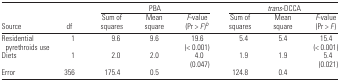
<table><thead><tr><td></td><td></td><td colspan="3"><b>PBA</b></td><td colspan="3"><b><i>trans</i>-DCCA</b></td></tr><tr><td><b>Source</b></td><td><b>df</b></td><td><b>Sum of squares</b></td><td><b>Mean square</b></td><td><b><i>F</i>-value (Pr &gt; <i>F</i>)<sup>b</sup></b></td><td><b>Sum of squares</b></td><td><b>Mean square</b></td><td><b><i>F</i>-value (Pr &gt; <i>F</i>)</b></td></tr></thead><tbody><tr><td>Residential pyrethroids use</td><td>1</td><td>9.6</td><td>9.6</td><td>19.6 (&lt; 0.001)</td><td>5.4</td><td>5.4</td><td>15.4 (&lt; 0.001)</td></tr><tr><td>Diets</td><td>1</td><td>2.0</td><td>2.0</td><td>4.0 (0.047)</td><td>1.9</td><td>1.9</td><td>5.4 (0.021)</td></tr><tr><td>Error</td><td>356</td><td>175.4</td><td>0.5</td><td></td><td>124.8</td><td>0.4</td><td></td></tr></tbody></table>